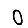
Digit: 0